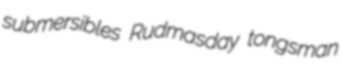
submersibles Rudmasday tongsman